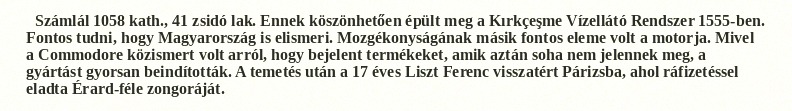
Számlál 1058 kath., 41 zsidó lak. Ennek köszönhetően épült meg a Kırkçeşme Vízellátó Rendszer 1555-ben. Fontos tudni, hogy Magyarország is elismeri. Mozgékonyságának másik fontos eleme volt a motorja. Mivel a Commodore közismert volt arról, hogy bejelent termékeket, amik aztán soha nem jelennek meg, a gyártást gyorsan beindították. A temetés után a 17 éves Liszt Ferenc visszatért Párizsba, ahol ráfizetéssel eladta Érard-féle zongoráját.